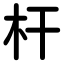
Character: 杆